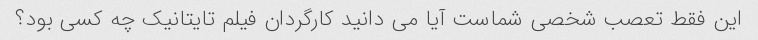
این فقط تعصب شخصی شماست آیا می دانید کارگردان فیلم تایتانیک چه کسی بود؟